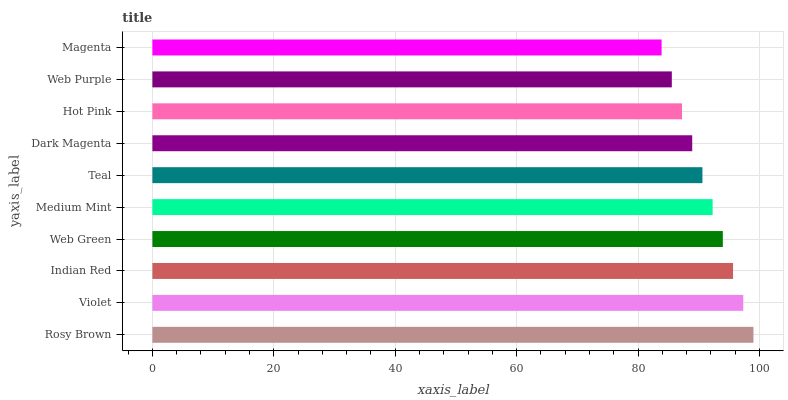
| yaxis_label | bars |
 | --- | --- |
 | Rosy Brown | 99 |
 | Violet | 97.3 |
 | Indian Red | 95.6 |
 | Web Green | 94 |
 | Medium Mint | 92.3 |
 | Teal | 90.6 |
 | Dark Magenta | 88.9 |
 | Hot Pink | 87.2 |
 | Web Purple | 85.6 |
 | Magenta | 83.9 |